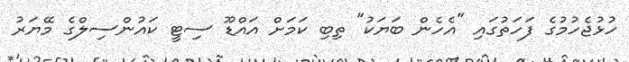
ހުޅުޖެހުމުގެ ފަހަތުގައި "އެހެން ބަޔަކު" ތިބި ކަމަށް އައްޑޫ ސިޓީ ކައުންސިލްގެ މޭޔަރު